Preliminary report on a parasite found in persons suffering from enlargement of the spleen in India - Number 8
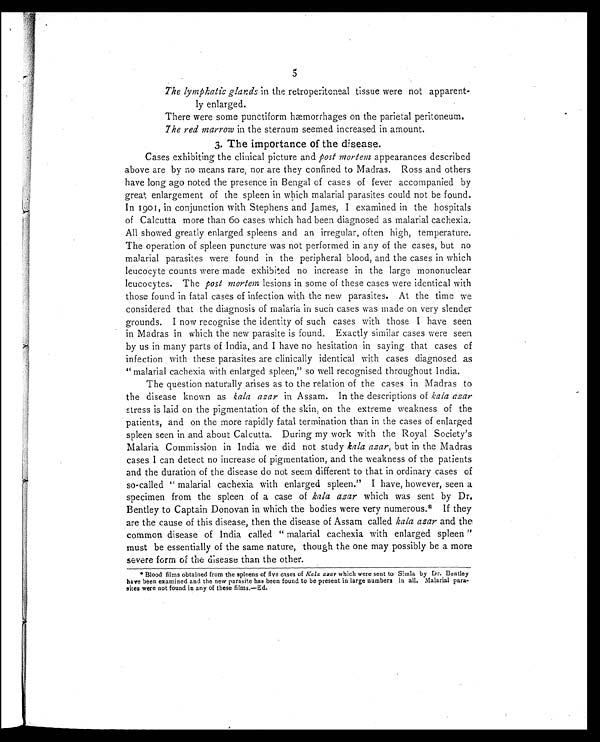
5
The lymphatic glands in the retroperitoneal tissue were not apparent-
ly enlarged.
There were some punctiform hæmorrhages on the parietal peritoneum.
The red marrow in the sternum seemed increased in amount.
3. The importance of the disease.
Cases exhibiting the clinical picture and post mortem appearances described
above are by no means rare, nor are they confined to Madras. Ross and others
have long ago noted the presence in Bengal of cases of fever accompanied by
great enlargement of the spleen in which malarial parasites could not be found.
In 1901, in conjunction with Stephens and James, I examined in the hospitals
of Calcutta more than 6o cases which had been diagnosed as malarial cachexia.
All showed greatly enlarged spleens and an irregular, often high, temperature.
The operation of spleen puncture was not performed in any of the cases, but no
malarial parasites were found in the peripheral blood, and the cases in which
leucocyte counts were made exhibited no increase in the large mononuclear
leucocytes. The post mortem lesions in some of these cases were identical with
those found in fatal cases of infection with the new parasites. At the time we
considered that the diagnosis of malaria in such cases was made on very slender
grounds. I now recognise the identity of such cases with those I have seen
in Madras in which the new parasite is found. Exactly similar cases were seen
by us in many parts of India, and I have no hesitation in saying that cases of
infection with these parasites are clinically identical with cases diagnosed as
" malarial cachexia with enlarged spleen," so well recognised throughout India.
The question naturally arises as to the relation of the cases in Madras to
the disease known as kala azar in Assam. In the descriptions of kala azar
stress is laid on the pigmentation of the skin, on the extreme weakness of the
patients, and on the more rapidly fatal termination than in the cases of enlarged
spleen seen in and about Calcutta. During my work with the Royal Society's
Malaria Commission in India we did not study kala azar, but in the Madras
cases I can detect no increase of pigmentation, and the weakness of the patients
and the duration of the disease do not seem different to that in ordinary cases of
so-called " malarial cachexia with enlarged spleen." I have, however, seen a
specimen from the spleen of a case of kala azar which was sent by Dr.
Bentley to Captain Donovan in which the bodies were very numerous.* If they
are the cause of this disease, then the disease of Assam called kala azar and the
common disease of India called " malarial cachexia with enlarged spleen "
must be essentially of the same nature, though the one may possibly be a more
severe form of the disease than the other.
* Blood films obtained from the spleens of five cases of Kale azar which were sent to Simla by Dr. Bentley
have been examined and the new parasite has been found to be present in large numbers in all. Malarial para-
sites were not found in any of these films.—Ed.